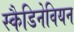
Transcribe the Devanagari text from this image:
स्कैडिनेवियन